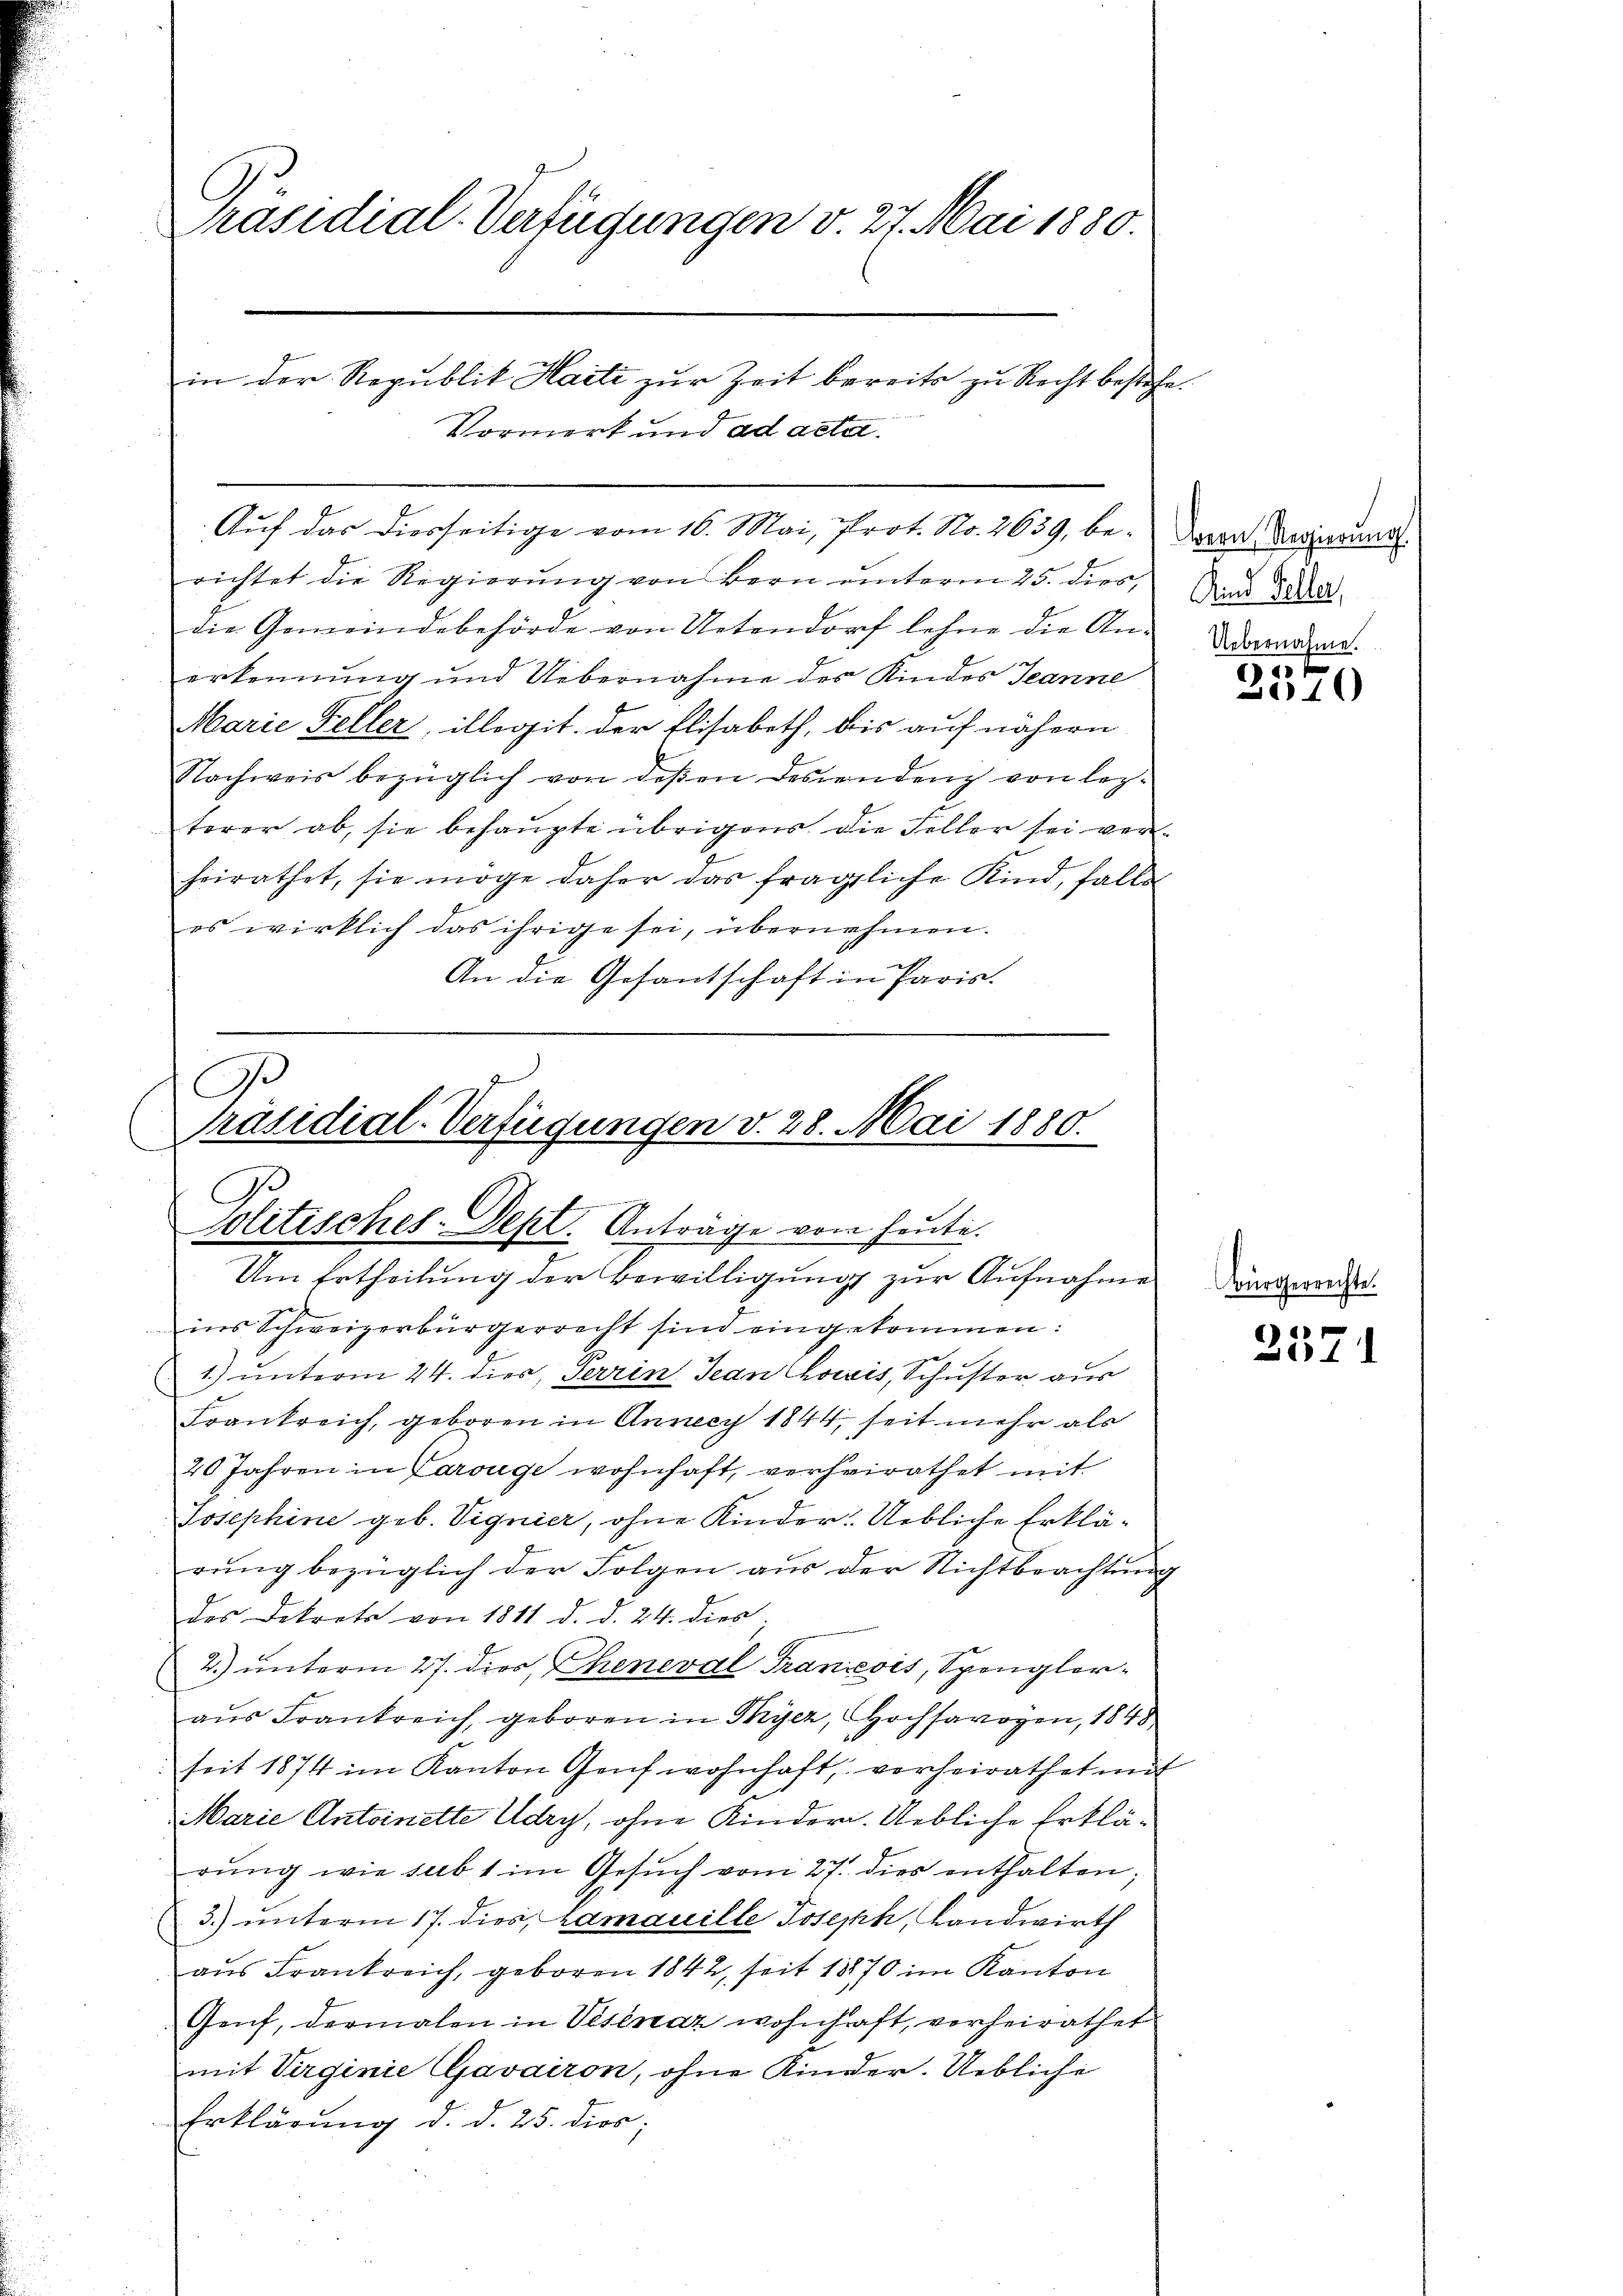
Präsidial-Verfügungen v. 27. Mai 1880.
in der Republik Haiti zur Zeit bereits zu Recht bestehe.
Vormerk und ad acter

richtet die Regierung von Bern unterm 25. dies,
die Gemeindebehörde von Uetendorf lehne die Anerkennung und Uebernahme des Kindes Jeanne
Marie Feller, illegit. Der Elisabeth, bis auf nähern
Nachweis bezüglich von deβen Descendenz von leg-
terer ab, sie behaupte übrigens die Felber sei verheirathet, sie möge daher das fragliche Kind, falls
es wirklich das ihrige sei, übernehmen.
An die Gesantschaft in Paris.

Auf das diesseitige vom 16. Mai, Prot. No. 2639, be¬

A.
Präsidial-Verfügungen v. 28. Mai 1880.
Politisches-Sept. Anträge vom heute.
Um Ertheilung der Bewilligung zur Aufnahme

Bern Regierung
Kind Feller,
Uebernahme.

ins Schweizerbürgerrecht sind eingekommen:
1) unterm 24. dies, Terrin Jean horis, Schuster aus
Frankreich, geboren in Annecy 1844, seit mehr als
20 Jahren in Parouge wohnhaft, verheirathet mit
Josephine geb. Vignier, ohne Kinder. Uebliche Erklärung bezüglich der Folgen aus der Nichtbeachtung
des Dekrets von 1811 d. d. 24. dies
2.) unterm 27. dies Cheneval Trancois, Spengler
aus Frankreich, geboren in Tyer, Hochsavoyen, 1848
seit 1874 im Kanton Genf wohnhaft, vorheirathet mit
Marie Antoinette Udry, ohne Kinder. Uebliche Erklärŭng wie sub 1 im Gesŭch vom 27. dies enthalten.
3.) unterm 17. dies, Lamauille Joseph, Landwirth
aus Frankreich, geboren 1842, seit 1870 im Kanton
Genf, dermalen in Visénaz wohnhaft, vorheirathet
mit Virginie Gavairon, ohne Kinder. Uebliche
Erklärung d. d. 25. dies;

10 f
10

Bürgerrechte.

257.